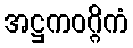
အဋ္ဌကဝဂ္ဂိကံ